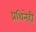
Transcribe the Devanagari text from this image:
प्रथिनेही